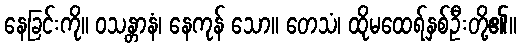
နေခြင်းကို။ ဝသန္တာနံ၊ နေကုန် သော။ တေသံ၊ ထိုမထေရ်နှစ်ဦးတို့၏။